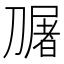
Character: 𭄎